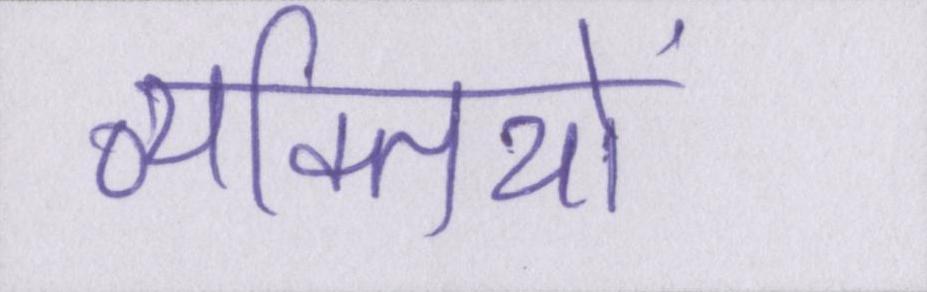
व्यक्तियों